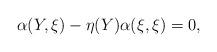
LaTeX: \begin{align*}\alpha(Y,\xi)-\eta(Y)\alpha(\xi,\xi)=0,\end{align*}